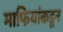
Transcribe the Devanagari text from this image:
माफियांकडून